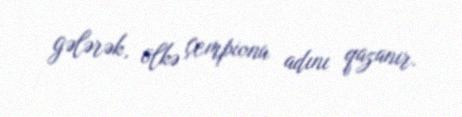
gələrək, ölkə çempionu adını qazanır.